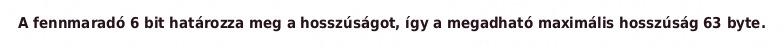
A fennmaradó 6 bit határozza meg a hosszúságot, így a megadható maximális hosszúság 63 byte.